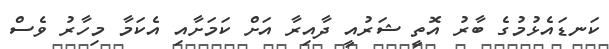
ކަނޑައެޅުމުގެ ބާރު އޮތީ ޝަރުއީ ދާއިރާ އަށް ކަމަށާއި އެކަމާ މިހާރު ވެސް